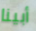
أبينا